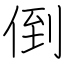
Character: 倒